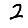
Digit: 2